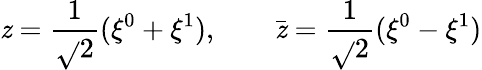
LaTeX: \mathit{z}={\frac{{1}}{{\sqrt{}{2}}}}(\xi^{0}+\xi^{1}),\qquad\bar{{\mathit{z}}}={\frac{{1}}{{\sqrt{}{2}}}}(\xi^{0}-\xi^{1})